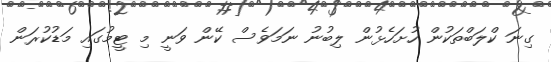
ގިނަ ކްލަބްތަކުން ހުށަހެޅުން ލިބުނު ނަމަވެސް ކޭން ވަނީ މި ޓީމުގައި މަޑުކުރަން